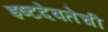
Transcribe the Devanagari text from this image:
इष्टदेवतेची